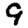
Digit: 9